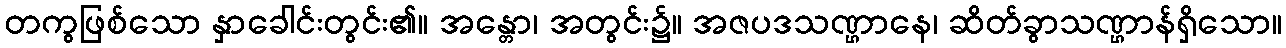
တကွဖြစ်သော နှာခေါင်းတွင်း၏။ အန္တော၊ အတွင်း၌။ အဇပဒသဏ္ဌာနေ၊ ဆိတ်ခွာသဏ္ဌာန်ရှိသော။